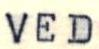
VED